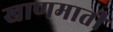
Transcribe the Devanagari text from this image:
खाणमाती